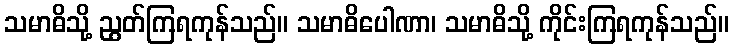
သမာဓိသို့ ညွတ်ကြရကုန်သည်။ သမာဓိပေါဏာ၊ သမာဓိသို့ ကိုင်းကြရကုန်သည်။